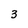
Character: 3